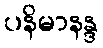
ပနိမာနန္ဒ